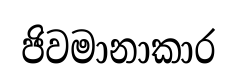
ජිවමානාකාර